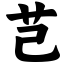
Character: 芑